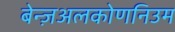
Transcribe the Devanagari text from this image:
बेन्ज़अलकोणनिउम